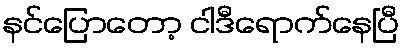
နင်ပြောတော့ ငါဒီရောက်နေပြီ